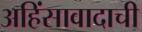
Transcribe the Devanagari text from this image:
अहिंसावादाची